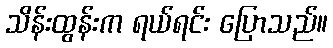
သိန်းထွန်းက ရယ်ရင်း ပြောသည်။